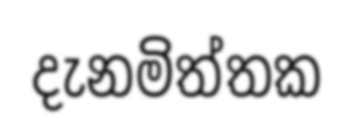
දැනමිත්තක